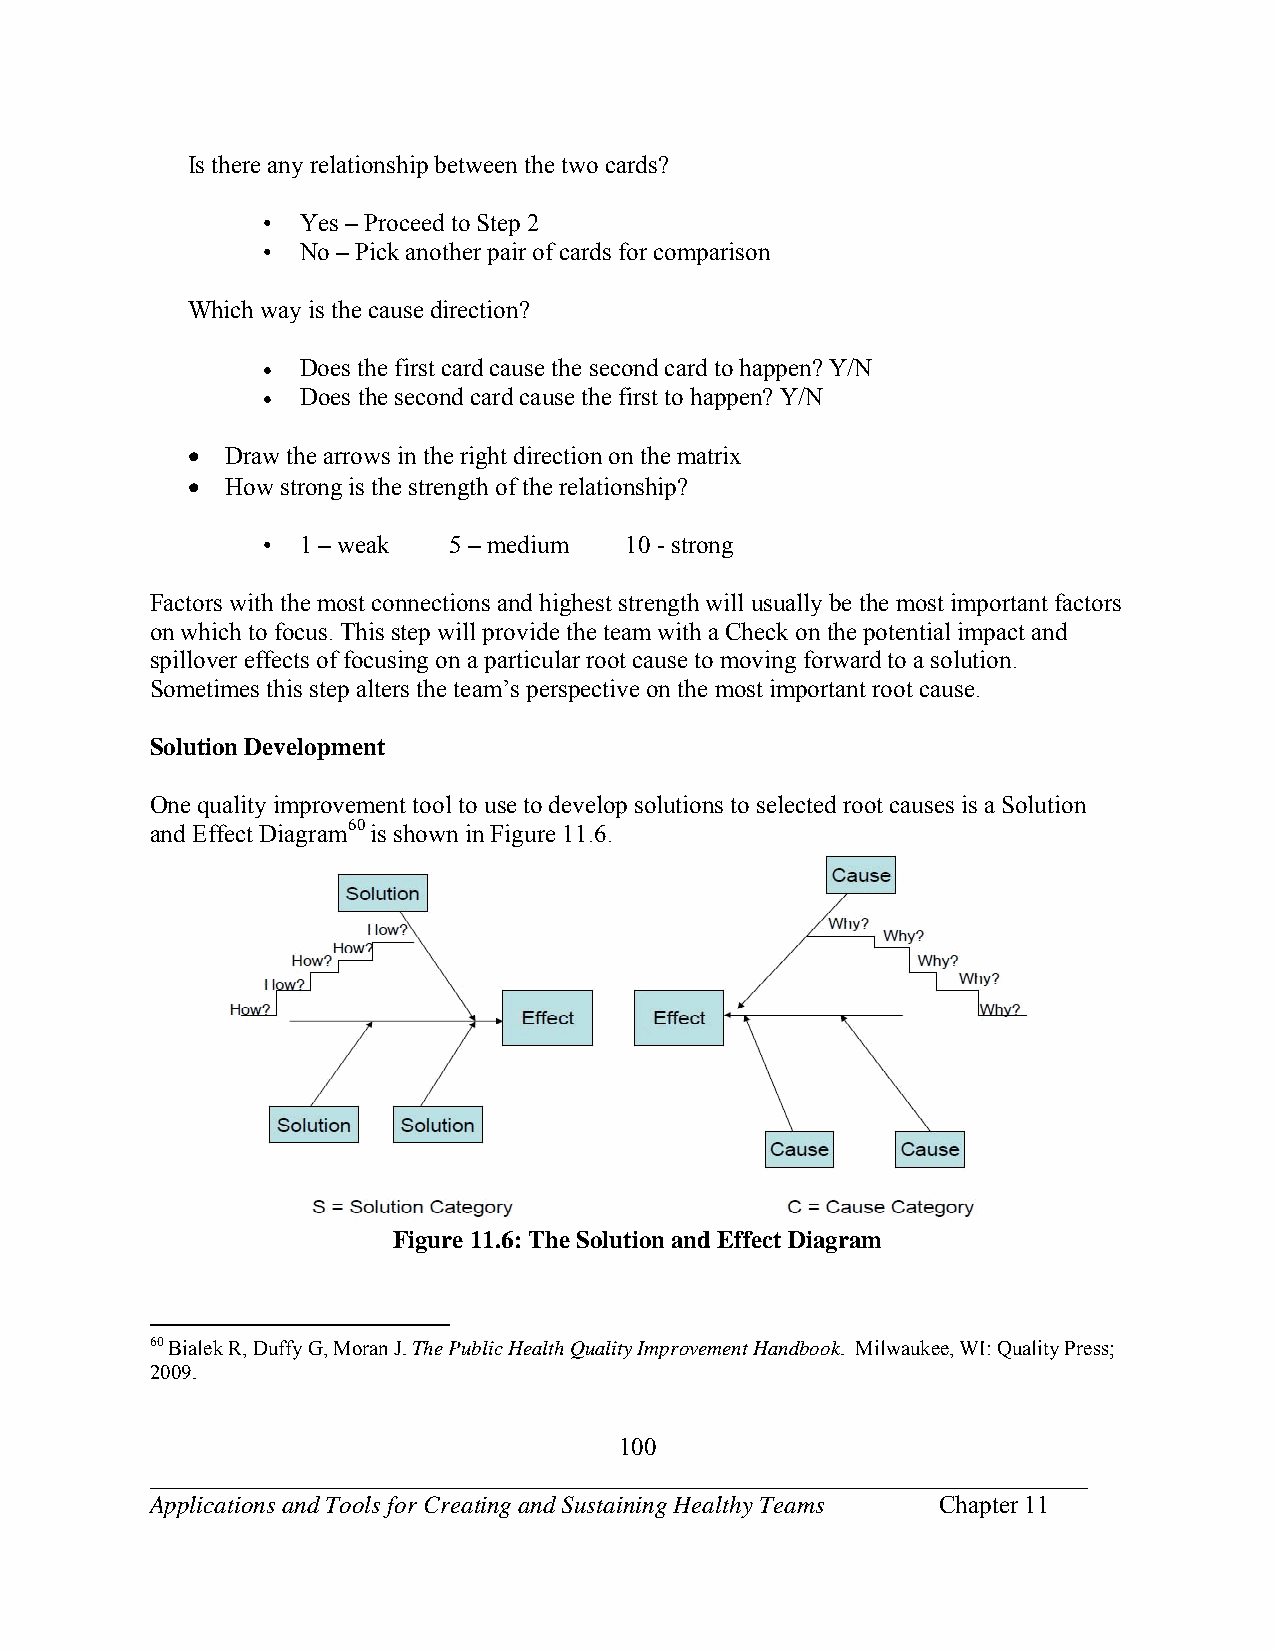
Is there any relationship between the two cards?
 •  Yes – Proceed to Step 2
 •  No – Pick another pair of cards for comparison
 Which way is the cause direction?
   Does the first card cause the second card to happen? Y/N
   Does the second card cause the first to happen? Y/N
   Draw the arrows in the right direction on the matrix
   How strong is the strength of the relationship?
 •  1 – weak  5 – medium 10 - strong
 Factors with the most connections and highest strength will usually be the most important factors
 on which to focus. This step will provide the team with a Check on the potential impact and
 spillover effects of focusing on a particular root cause to moving forward to a solution.
 Sometimes this step alters the team’s perspective on the most important root cause.
 Solution Development
 One quality improvement tool to use to develop solutions to selected root causes is a Solution
 and Effect Diagram60 is shown in Figure 11.6.
 Figure 11.6: The Solution and Effect Diagram
 60 Bialek R, Duffy G, Moran J. The Public Health Quality Improvement Handbook. Milwaukee, WI: Quality Press;
 2009.
 100
 ___________________________________________________________________________
 Applications and Tools for Creating and Sustaining Healthy Teams Chapter 11